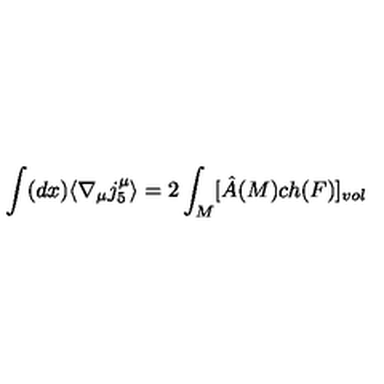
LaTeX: \int ( d x ) \langle \nabla _ { \mu } j _ { 5 } ^ { \mu } \rangle = 2 \int _ { M } [ \hat { A } ( M ) c h ( F ) ] _ { v o l }